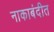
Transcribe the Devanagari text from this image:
नाकाबंदीत